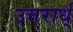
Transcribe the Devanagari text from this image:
उत्तरार्ध्